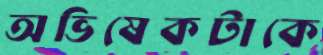
অভিষেকটাকে